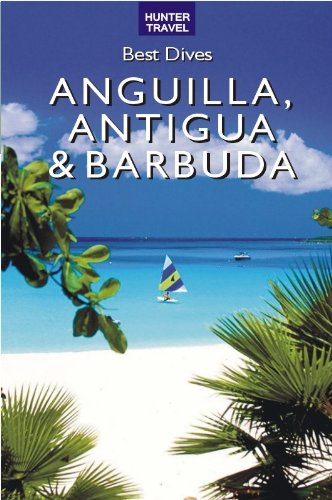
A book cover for Best Dives of Anguilla, Antigua & Barbuda; Joyce Huber; Travel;